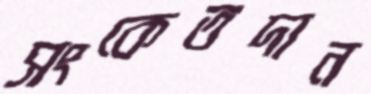
সংকেতদান